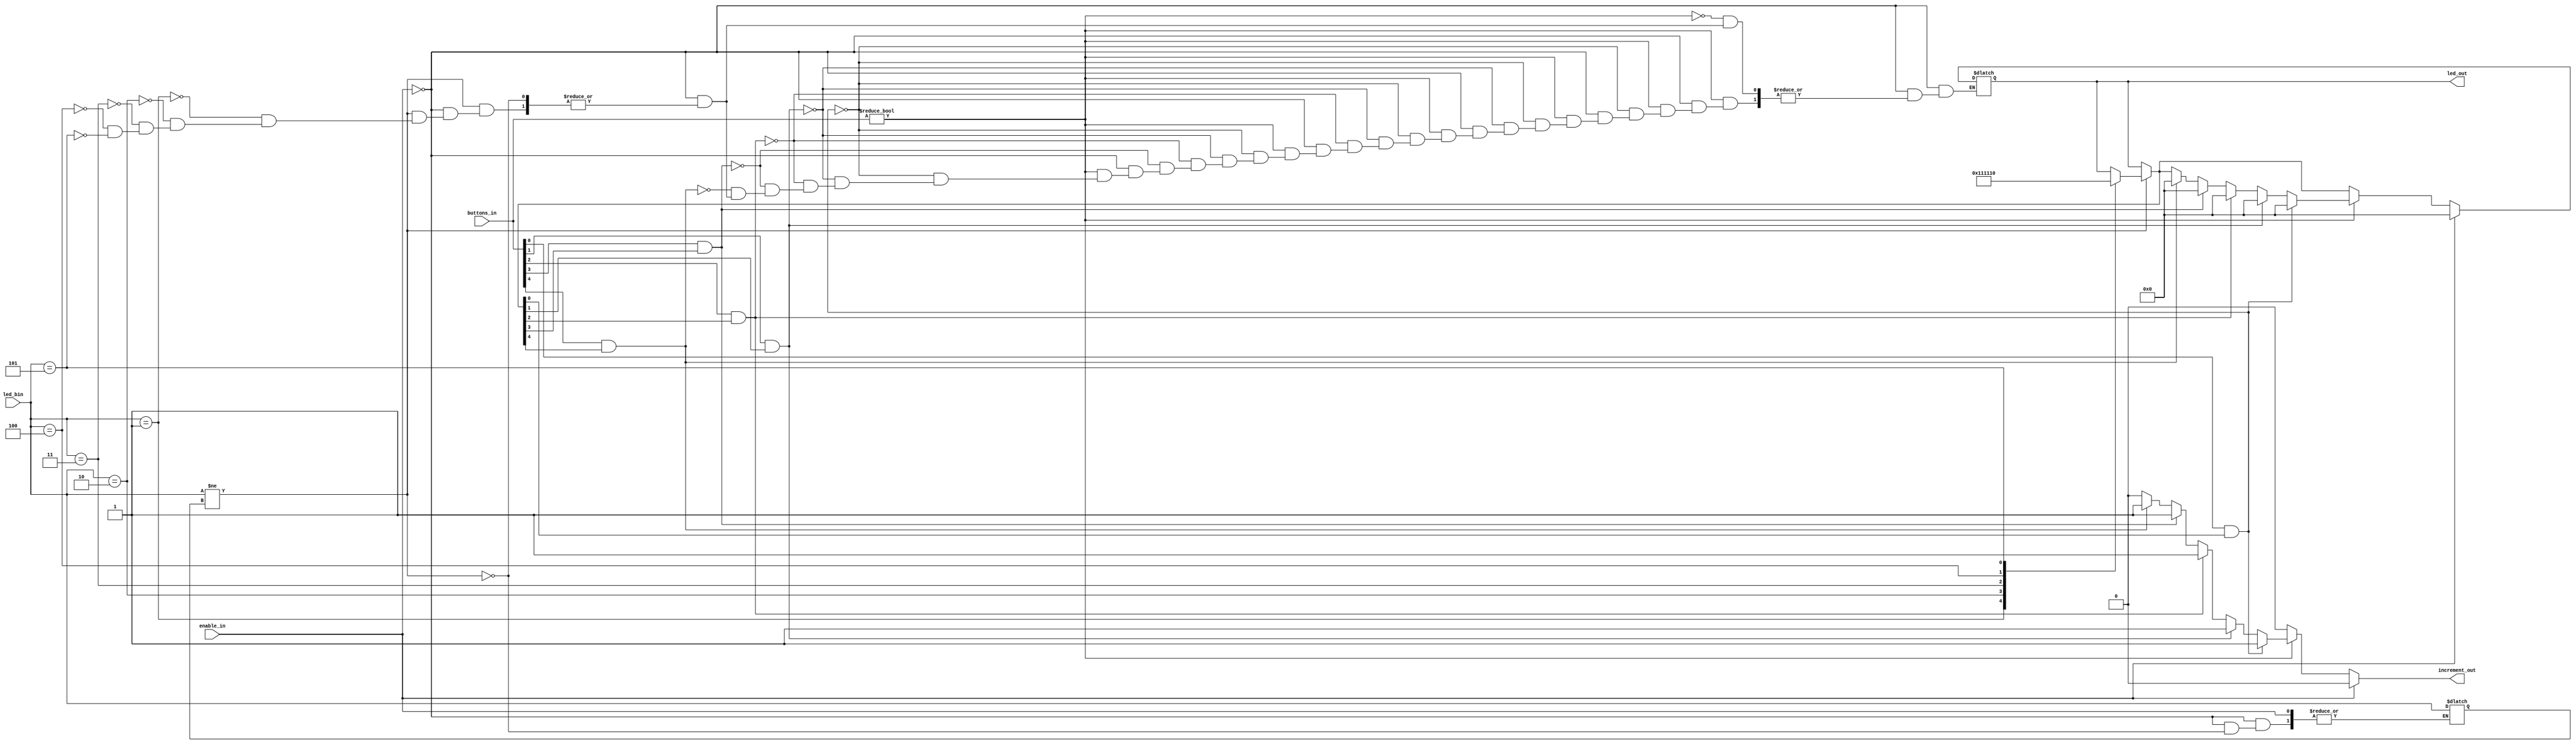
module whackamole(led_bin, buttons_in, enable_in, led_out, increment_out);
    input enable_in;
    input [2:0] led_bin;
    input [4:0] buttons_in;
    output reg [4:0] led_out;
    output reg increment_out = 1'b0;
    reg [2:0] led_current = 3'b000;
    
    always @(*) begin
        if(enable_in == 1'b0) begin
            increment_out = 1'b0;
            if(led_bin != led_current) begin
                case (led_bin)
                    3'b001: led_out = 5'b00001;
                    3'b010: led_out = 5'b00010;
                    3'b011: led_out = 5'b00100;
                    3'b100: led_out = 5'b01000;
                    3'b101: led_out = 5'b10000;
                endcase
                led_current = led_bin;
            end

            if (buttons_in) begin
                if ((buttons_in[0] == 1'b1) && (led_out[0] == 1'b1)) begin
                    led_out = 5'b00000;
                    increment_out = 1'b1;
                end else if ((buttons_in[1] == 1'b1) && (led_out[1] == 1'b1)) begin
                    led_out = 5'b00000;
                    increment_out = 1'b1;
                end else if ((buttons_in[2] == 1'b1) && (led_out[2] == 1'b1)) begin
                    led_out = 5'b00000;
                    increment_out = 1'b1;
                end else if ((buttons_in[3] == 1'b1) && (led_out[3] == 1'b1)) begin
                    led_out = 5'b00000;
                    increment_out = 1'b1;
                end else if ((buttons_in[4] == 1'b1) && (led_out[4] == 1'b1)) begin
                    led_out = 5'b00000;
                    increment_out = 1'b1;
                end
            end    
        end else begin
            led_out = 5'b00000;
            increment_out = 1'b0;
        end
        end// always 
   endmodule